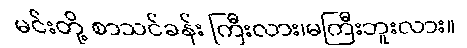
မင်းတို့ စာသင်ခန်း ကြီးလား၊မကြီးဘူးလား။